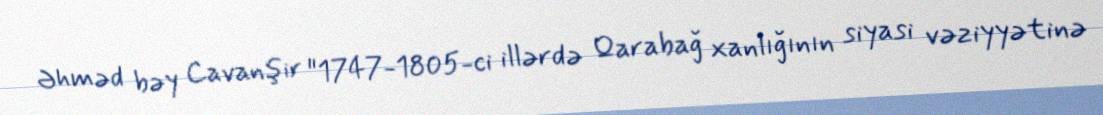
Əhməd bəy Cavanşir "1747-1805-ci illərdə Qarabağ xanlığının siyasi vəziyyətinə